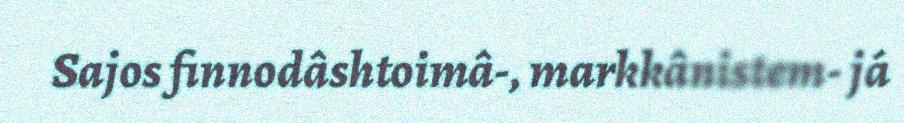
Sajos finnodâshtoimâ-, markkânistem- já